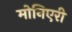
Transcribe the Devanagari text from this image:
मोनिएरी